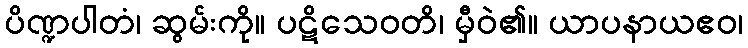
ပိဏ္ဍပါတံ၊ ဆွမ်းကို။ ပဋိသေဝတိ၊ မှီဝဲ၏။ ယာပနာယဧဝ၊